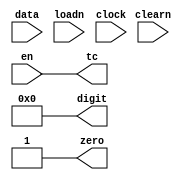
module counter_mod6 (input wire [3:0] data, input wire loadn, input wire clearn, input wire clock, input wire en, output reg [3:0] digit, output wire tc, output wire zero);

    assign tc = ((digit == 4'b0000) && en);
    assign zero = (digit === 4'b0000 || digit === 4'bXXXX) ? 1'b1 : 1'b0;

    initial begin
        digit = 4'b0000; //estado inicial   
    end
    
    always @ (negedge clearn) begin
        digit <= 4'b0000;
    end

    always @(posedge clock) begin

        if (en) begin
            case (digit)

                4'b1001: digit <= 4'b1000;
                4'b1000: digit <= 4'b0111;
                4'b0111: digit <= 4'b0110;
                4'b0110: digit <= 4'b0101;
                4'b0101: digit <= 4'b0100;
                4'b0100: digit <= 4'b0011;
                4'b0011: digit <= 4'b0010;
                4'b0010: digit <= 4'b0001;
                4'b0001: digit <= 4'b0000;
                4'b0000: digit <= 4'b0101;
                default: digit <= 4'b0000;
            endcase
        end
        else if (!loadn) digit <= data;
    end
endmodule